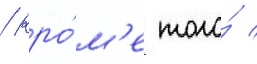
/ кро́м'е того́ /